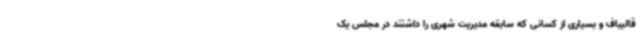
قالیباف و بسیاری از کسانی که سابقه مدیریت شهری را داشتند در مجلس یک